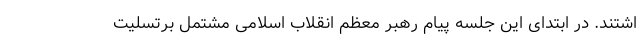
اشتند. در ابتدای این جلسه پیام رهبر معظم انقلاب اسلامی مشتمل برتسلیت